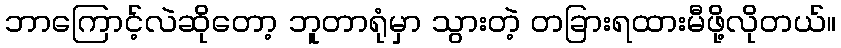
ဘာကြောင့်လဲဆိုတော့ ဘူတာရုံမှာ သွားတဲ့ တခြားရထားမီဖို့လိုတယ်။